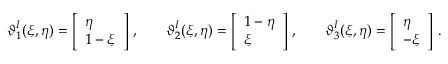
\begin{array} { r l r l r l } & { \boldsymbol { \vartheta } _ { 1 } ^ { I } ( \xi , \eta ) = \left[ \begin{array} { l } { \eta } \\ { 1 - \xi } \end{array} \right] \, , } & & { \boldsymbol { \vartheta } _ { 2 } ^ { I } ( \xi , \eta ) = \left[ \begin{array} { l } { 1 - \eta } \\ { \xi } \end{array} \right] \, , } & & { \boldsymbol { \vartheta } _ { 3 } ^ { I } ( \xi , \eta ) = \left[ \begin{array} { l } { \eta } \\ { - \xi } \end{array} \right] \, . } \end{array}